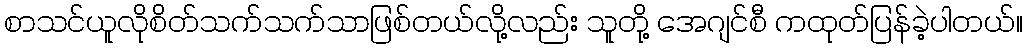
စာသင်ယူလိုစိတ်သက်သက်သာဖြစ်တယ်လို့လည်း သူတို့ အေဂျင်စီ ကထုတ်ပြန်ခဲ့ပါတယ်။